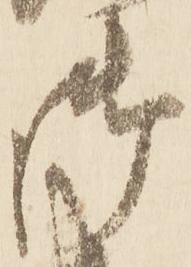
御